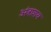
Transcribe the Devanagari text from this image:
अंत्राशय